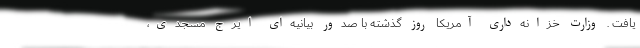
یافت . وزارت خزانه‌داری آمریکا روز گذشته با صدور بیانیه‌ای ایرج مسجدی،